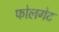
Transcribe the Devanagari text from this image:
फोलगेट